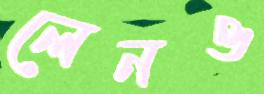
লেনও